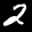
Label: 2